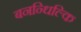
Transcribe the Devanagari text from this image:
बनन्धिल्कि